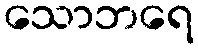
သောဘရေ